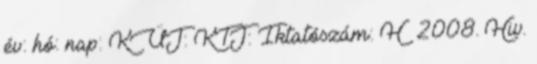
év: hó: nap: KÜJ: KTJ: Iktatószám: H 2008. Hiv.